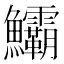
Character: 𩽷